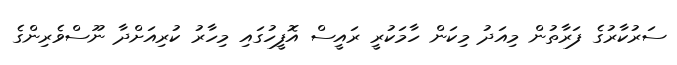
ސަރުކާރުގެ ފަރާތުން މިއަދު މިކަން ހާމަކުރީ ރައީސް އޮފީހުގައި މިހާރު ކުރިއަށްދާ ނޫސްވެރިންގެ